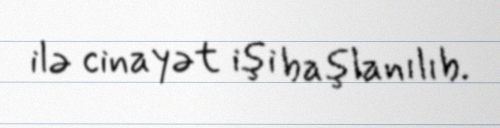
ilə cinayət işi başlanılıb.